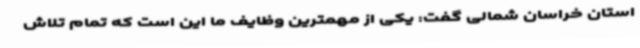
استان خراسان شمالی گفت: یکی از مهمترین وظایف ما این است که تمام تلاش